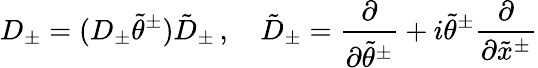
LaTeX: D_{\pm}=(D_{\pm}\tilde{\theta}^{\pm})\tilde{D}_{\pm}\, ,~~~~\tilde{D}_{\pm}=\frac{\partial}{\partial\tilde{\theta}^{\pm}}+i\tilde{\theta}^{\pm}\frac{\partial}{\partial\tilde{x}^{\pm}}